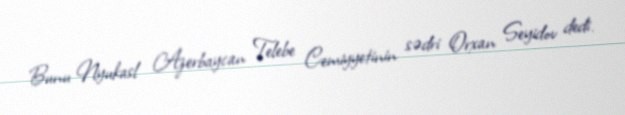
Bunu Nyukasl Azerbaycan Telebe Cemiyyetinin sədri Orxan Seyidov dedi.